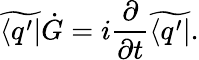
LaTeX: \widetilde{\langle q^{\prime}|}\dot{G}=i{\frac{\partial}{\partial t}}\widetilde{\langle q^{\prime}|}.